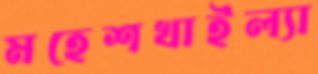
মহেশখাইল্যা